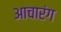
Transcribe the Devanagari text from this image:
आचारंग